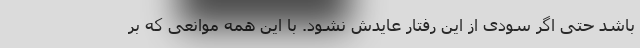
باشد حتی اگر سودی از این رفتار عایدش نشود. با این همه موانعی که بر